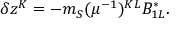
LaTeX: \delta z ^ { K } = - m _ { S } ( \mu ^ { - 1 } ) ^ { K L } B _ { 1 L } ^ { * } .